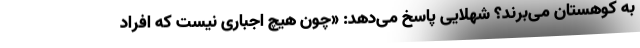
به کوهستان می‌برند؟ شهلایی پاسخ می‌دهد: «چون هیچ اجباری نیست که افراد